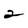
Character: 2